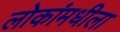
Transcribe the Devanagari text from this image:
लोकांमधीला